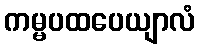
ကမ္မပထပေယျာလံ